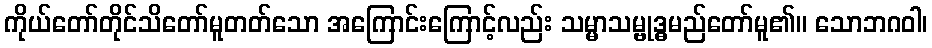
ကိုယ်တော်တိုင်သိတော်မူတတ်သော အကြောင်းကြောင့်လည်း သမ္မာသမ္ဗုဒ္ဓမည်တော်မူ၏။ သောဘဂဝါ၊